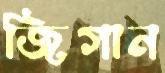
জিগান